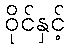
ဝိုင်နှင့်